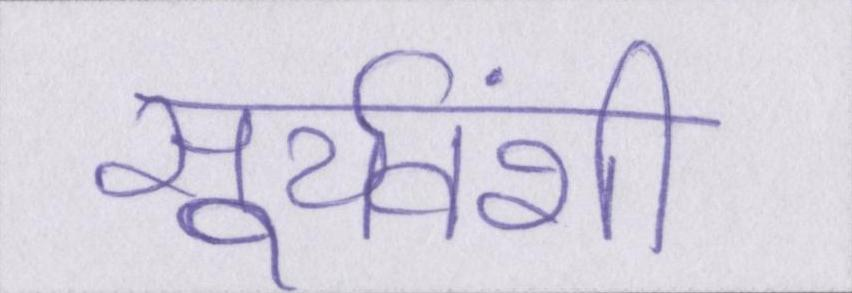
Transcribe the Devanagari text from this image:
सूर्यवंशी